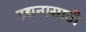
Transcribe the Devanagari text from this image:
उद्यनासाठी